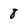
Character: 8